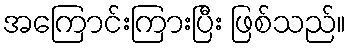
အကြောင်းကြားပြီး ဖြစ်သည်။